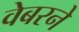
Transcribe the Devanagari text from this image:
वेबरने